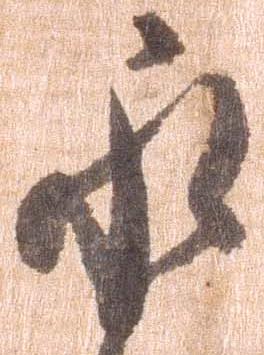
永